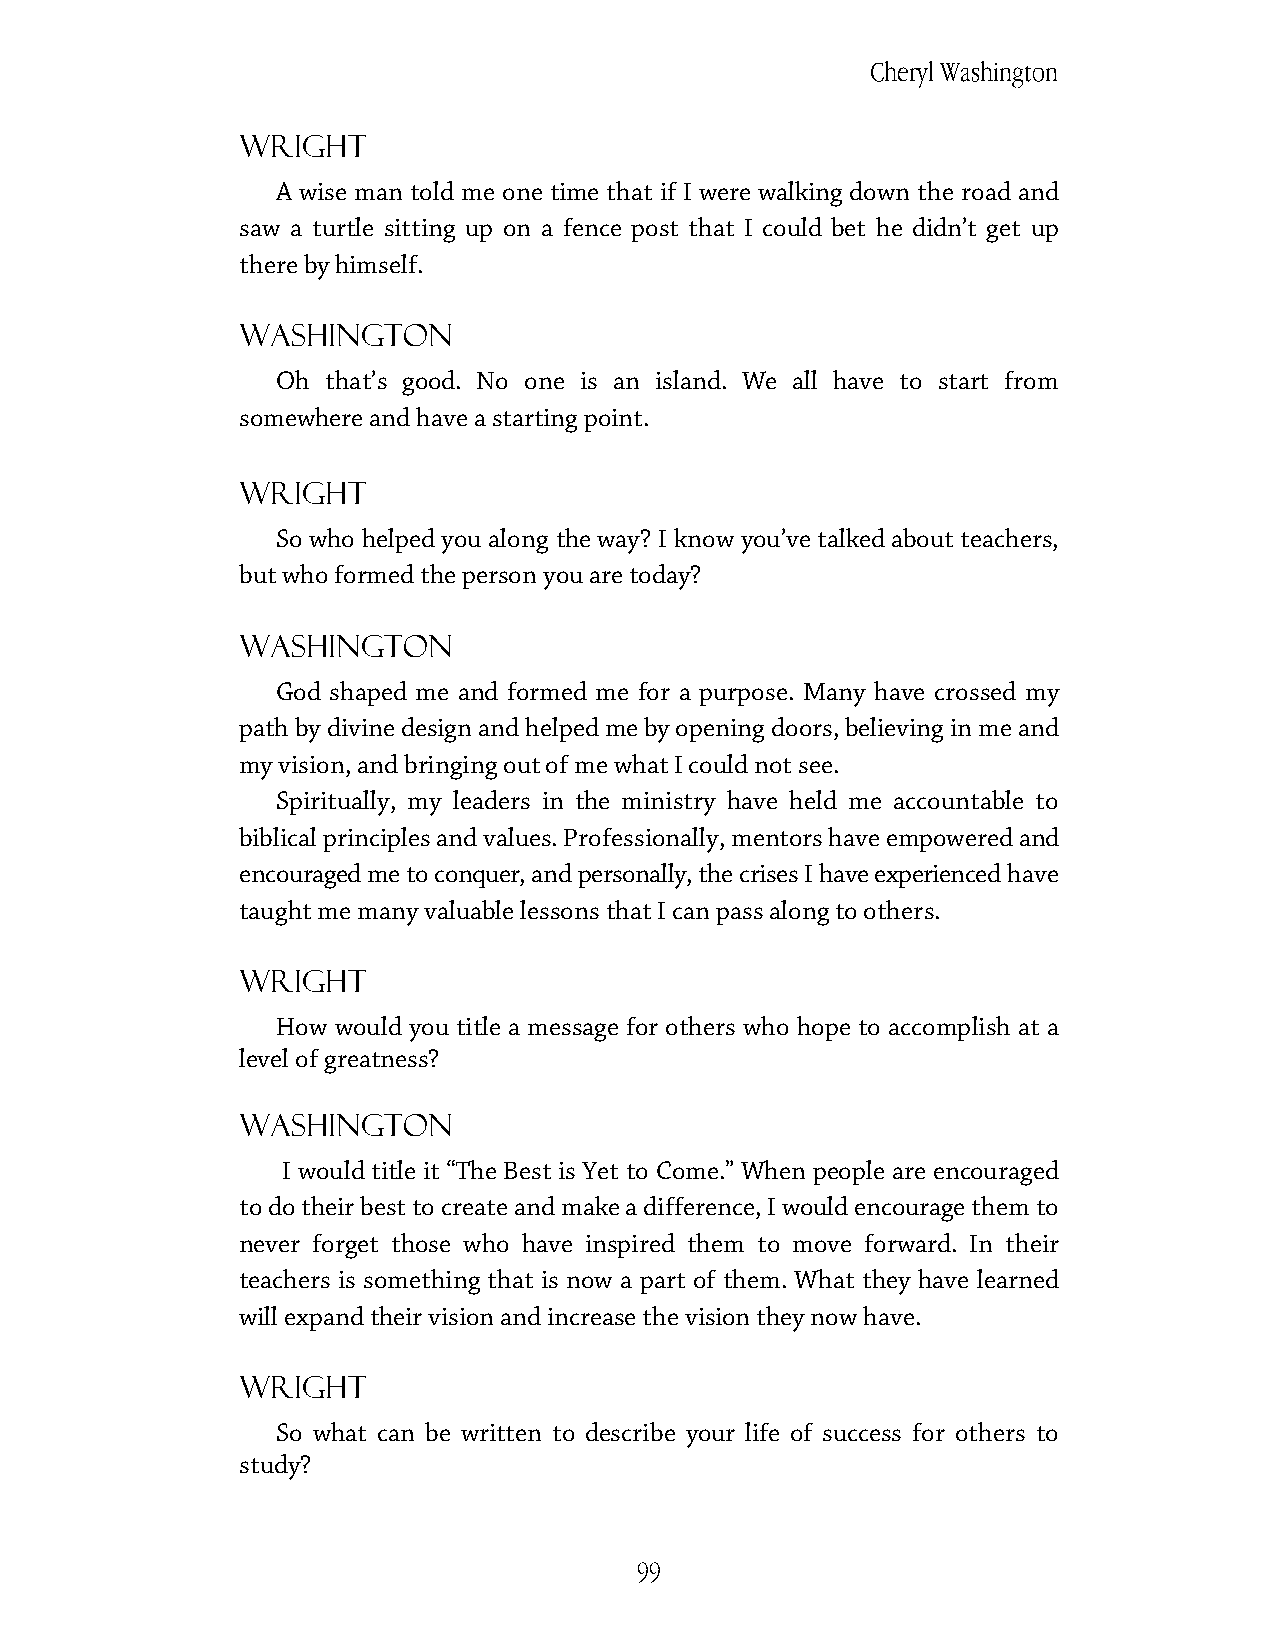
Cheryl Washington
 Wright
 A wise man told me one time that if I were walking down the road and
 saw a turtle sitting up on a fence post that I could bet he didn’t get up
 there by himself.
 Washington
 Oh  that’s good. No one is an island. We all have to start from
 somewhere and have a starting point.
 Wright
 So who helped you along the way? I know you’ve talked about teachers,
 but who formed the person you are today?
 Washington
 God shaped me and formed me for a purpose. Many have crossed my
 path by divine design and helped me by opening doors, believing in me and
 my vision, and bringing out of me what I could not see.
 Spiritually, my leaders in the ministry have held me accountable to
 biblical principles and values. Professionally, mentors have empowered and
 encouraged me to conquer, and personally, the crises I have experienced have
 taught me many valuable lessons that I can pass along to others.
 Wright
 How would you title a message for others who hope to accomplish at a
 level of greatness?
 Washington
 I would title it “The Best is Yet to Come.” When people are encouraged
 to do their best to create and make a difference, I would encourage them to
 never forget those who have inspired them to move forward. In their
 teachers is something that is now a part of them. What they have learned
 will expand their vision and increase the vision they now have.
 Wright
 So what can be written to describe your life of success for others to
 study?
 99